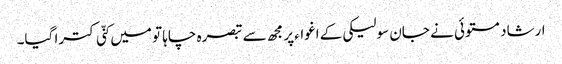
ارشاد مستوئی نے جان سولیکی کے اغواءپر مجھ سے تبصرہ چاہا تو میں کنّی کترا گیا۔